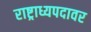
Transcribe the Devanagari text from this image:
राष्ट्राध्यपदावर